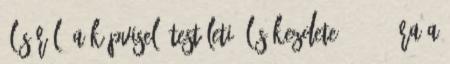
üléséről. A képviselő-testületi ülés kezdete: 18 30 óra A